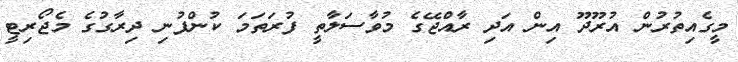
މީގެއިތުރުން އުރޫދޫ އިން އަދި ރާއްޖޭގެ މުވާސަލާތީ ފުރަތަމަ ކުންފުނި ދިރާގުގެ މެޖޯރިޓީ